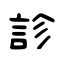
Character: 診